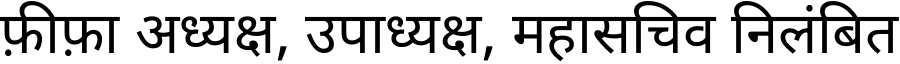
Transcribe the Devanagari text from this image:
फ़ीफ़ा अध्यक्ष, उपाध्यक्ष, महासचिव निलंबित